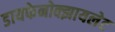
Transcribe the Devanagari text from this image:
डायफेनोक्झायलेट